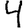
Digit: 4